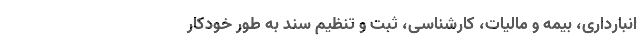
انبارداری، بیمه و مالیات، کارشناسی، ثبت و تنظیم سند به ‌طور خودکار